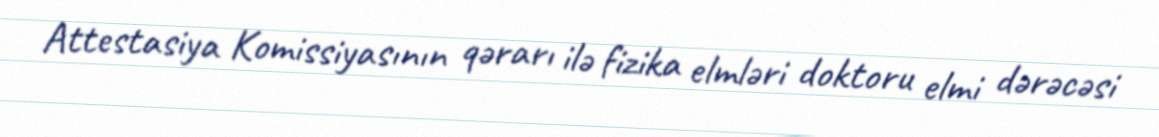
Attestasiya Komissiyasının qərarı ilə fizika elmləri doktoru elmi dərəcəsi